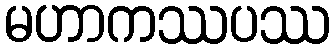
မဟာကဿပဿ